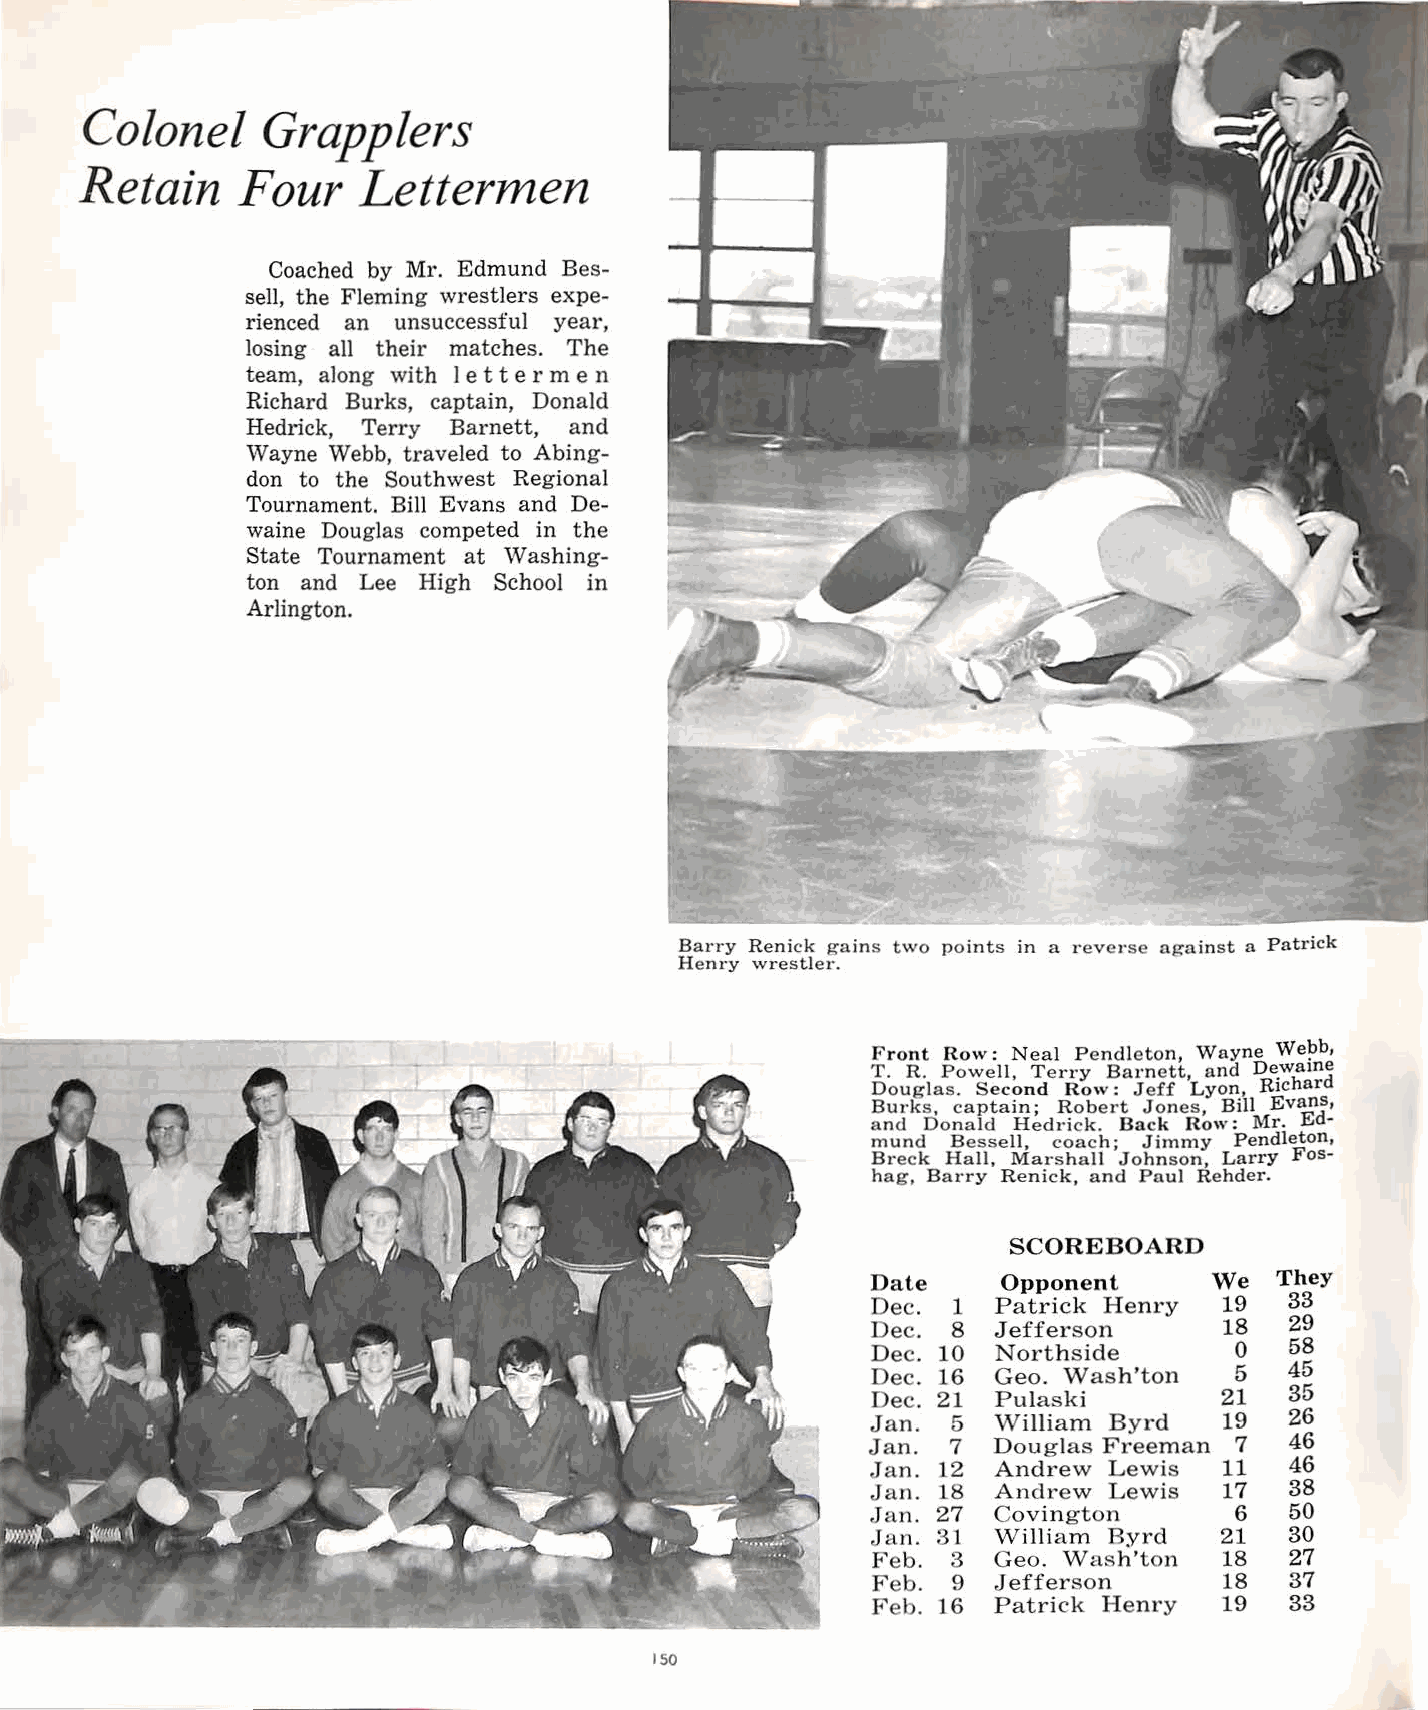
Colonel     Grapplers
 R  etain   Four    Lettermen
 Coached by Mr. Edmund Bes
 sell, the Fleming wrestlers expe
 rienced an unsuccessful year,
 losing all their matches. The
 team, along with 1 et term en
 Richard Burks, captain, Donald
 Hedrick, Terry Barnett, and
 Wayne Webb, traveled to Abing
 don to the Southwest Regional
 Tournament. Bill Evans and De
 waine Douglas competed in the
 State Tournament at '\Vashing
 ton and Lee High School in
 Arlington.
 Barry Renick gains two points in a reverse against a Patrick
 Henry wrestler.
 Front Row: Neal Pendleton, Wayne We~b,
 T. R. Powell, Terry Barnett, and Dewame
 Douglas. Second Row: Jeff Lyon, Richard
 Burks, captain; Robert Jones, Bill Evands,
 and Donald Hedrick. Back Row: Mr. E -
 mund Bessell, coach; Jimmy Pendleton,
 Breck Hall, Marshall Johnson Larry Fos
 hag, Barry Renick, and Paul Rehder.
 SCOREBOARD
 Date    Opponent      We   They
 Dec. 1  Patrick Henry  19  33
 Dec. 8  Jefferson      18  29
 Dec. 10 Northside       0  58
 Dec. 16 Geo. Wash'ton   5  45
 Dec. 21 Pulaski        21  35
 Jan. 5  William Byrd   19  26
 Jan. 7  Douglas Freeman 7  46
 Jan. 12 Andrew Lewis   11  46
 Jan. 18 Andrew Lewis   17  38
 Jan. 27 Covington       6  50
 Jan. 31 William Byrd   21  30
 Feb. 3  Geo. Wash'ton  18  27
 Feb. 9  Jefferson      18  37
 Feb. 16 Patrick Henry  19  33
 150